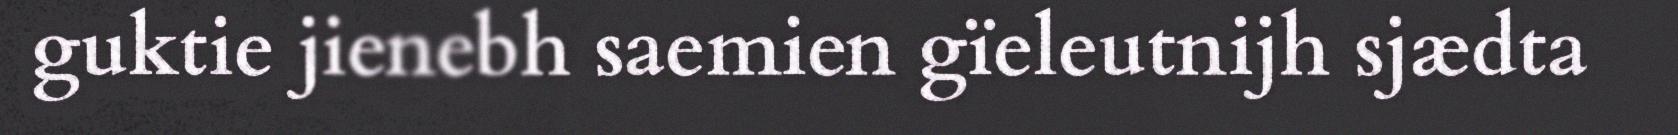
guktie jienebh saemien gïeleutnijh sjædta